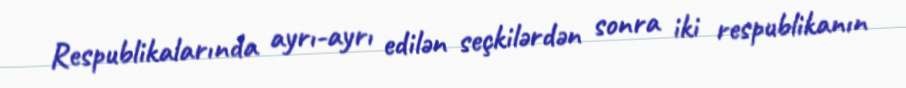
Respublikalarında ayrı-ayrı edilən seçkilərdən sonra iki respublikanın